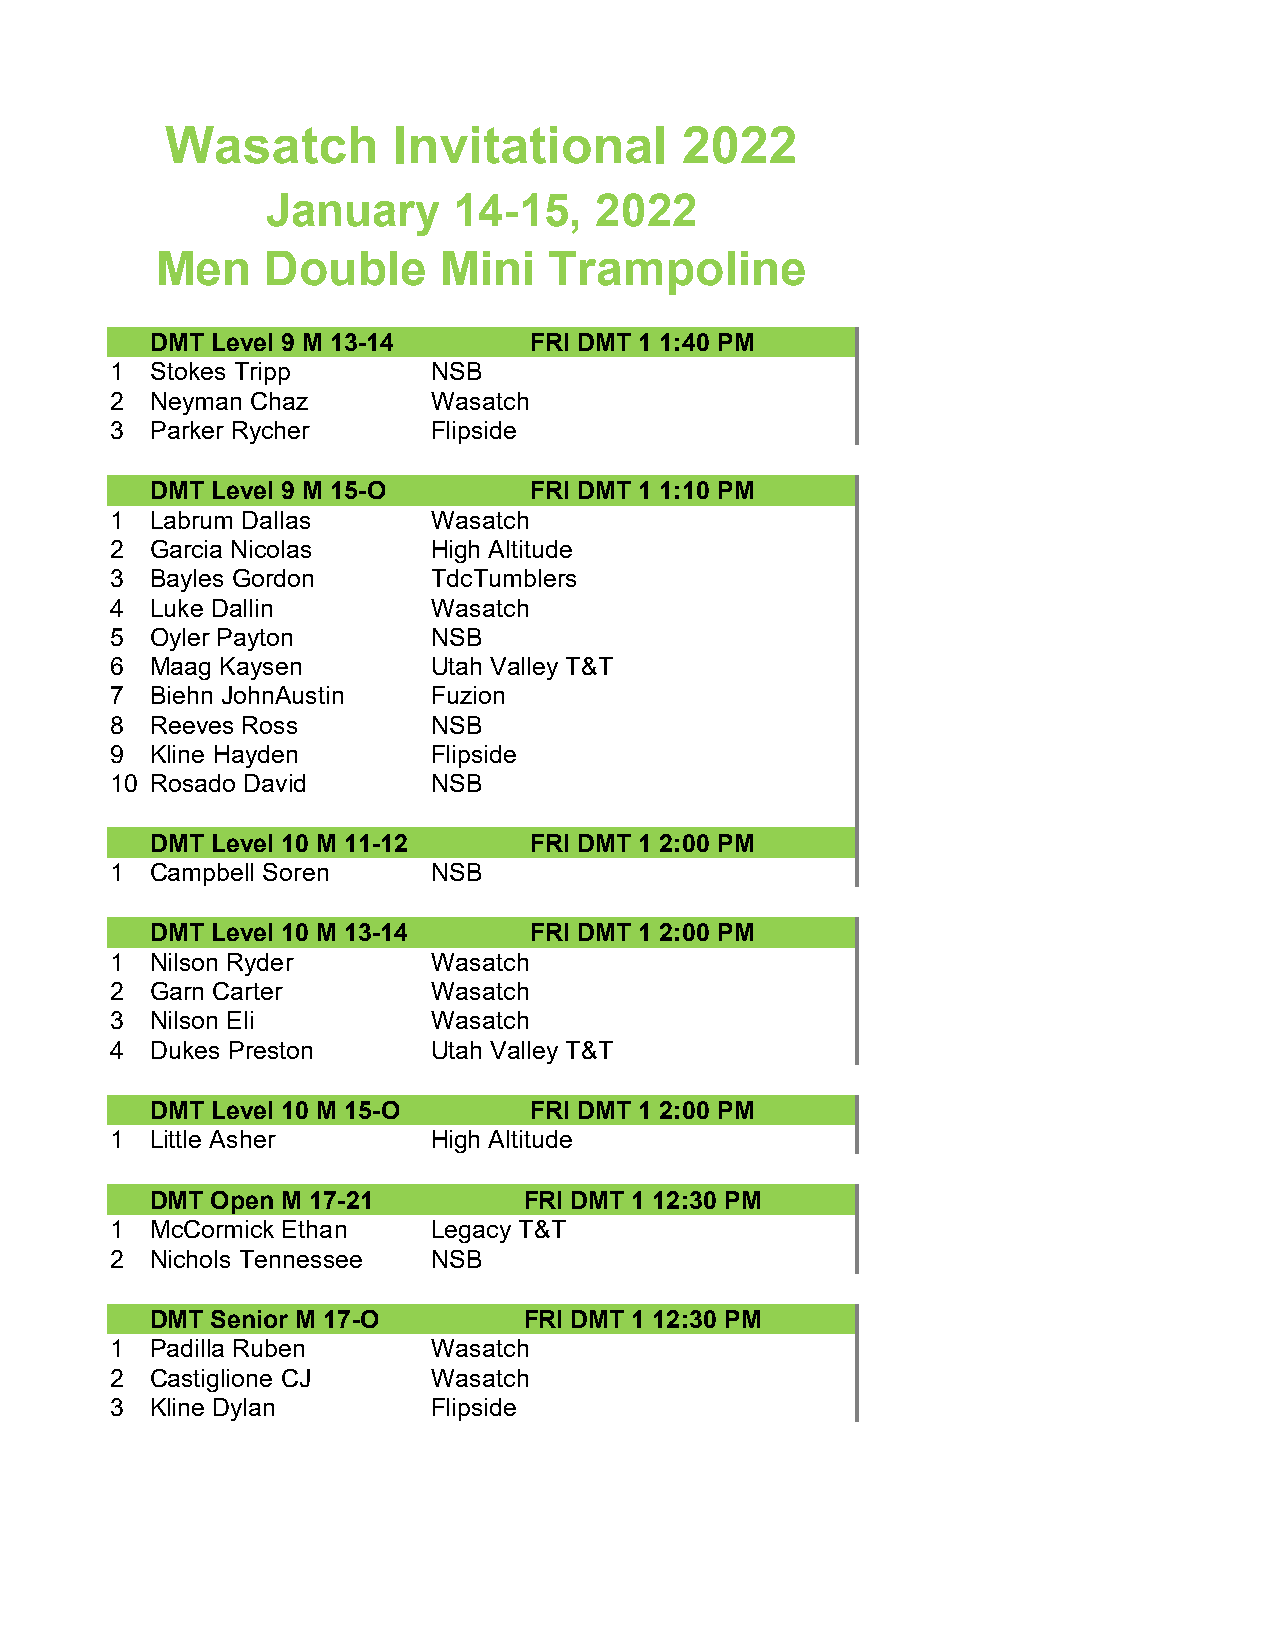
Wasatch        Invitational       2022
 January     14-15,   2022
 Men     Double     Mini   Trampoline
 DMT Level 9 M 13-14      FRI DMT 1 1:40 PM
 1  Stokes Tripp       NSB
 2  Neyman Chaz        Wasatch
 3  Parker Rycher      Flipside
 DMT Level 9 M 15-O       FRI DMT 1 1:10 PM
 1  Labrum Dallas      Wasatch
 2  Garcia Nicolas     High Altitude
 3  Bayles Gordon      TdcTumblers
 4  Luke Dallin        Wasatch
 5  Oyler Payton       NSB
 6  Maag Kaysen        Utah Valley T&T
 7  Biehn JohnAustin   Fuzion
 8  Reeves Ross        NSB
 9  Kline Hayden       Flipside
 10 Rosado David       NSB
 DMT Level 10 M 11-12     FRI DMT 1 2:00 PM
 1  Campbell Soren     NSB
 DMT Level 10 M 13-14     FRI DMT 1 2:00 PM
 1  Nilson Ryder       Wasatch
 2  Garn Carter        Wasatch
 3  Nilson Eli         Wasatch
 4  Dukes Preston      Utah Valley T&T
 DMT Level 10 M 15-O      FRI DMT 1 2:00 PM
 1  Little Asher       High Altitude
 DMT Open M 17-21         FRI DMT 1 12:30 PM
 1  McCormick Ethan    Legacy T&T
 2  Nichols Tennessee  NSB
 DMT Senior M 17-O        FRI DMT 1 12:30 PM
 1  Padilla Ruben      Wasatch
 2  Castiglione CJ     Wasatch
 3  Kline Dylan        Flipside